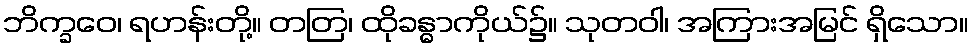
ဘိက္ခဝေ၊ ရဟန်းတို့။ တတြ၊ ထိုခန္ဓာကိုယ်၌။ သုတဝါ၊ အကြားအမြင် ရှိသော။